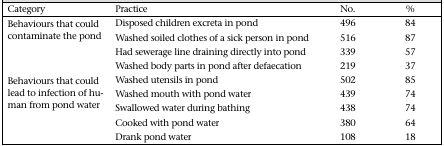
<table><thead><tr><td><b>Category</b></td><td><b>Practice</b></td><td><b>No.</b></td><td><b>%</b></td></tr></thead><tbody><tr><td rowspan="4">Behaviours that could contaminate the pond</td><td>Disposed children excreta in pond</td><td>496</td><td>84</td></tr><tr><td>Washed soiled clothes of a sick person in pond</td><td>516</td><td>87</td></tr><tr><td>Had sewerage line draining directly into pond</td><td>339</td><td>57</td></tr><tr><td>Washed body parts in pond after defaecation</td><td>219</td><td>37</td></tr><tr><td rowspan="5">Behaviours that could lead to infection of human from pond water</td><td>Washed utensils in pond</td><td>502</td><td>85</td></tr><tr><td>Washed mouth with pond water</td><td>439</td><td>74</td></tr><tr><td>Swallowed water during bathing</td><td>438</td><td>74</td></tr><tr><td>Cooked with pond water</td><td>380</td><td>64</td></tr><tr><td>Drank pond water</td><td>108</td><td>18</td></tr></tbody></table>